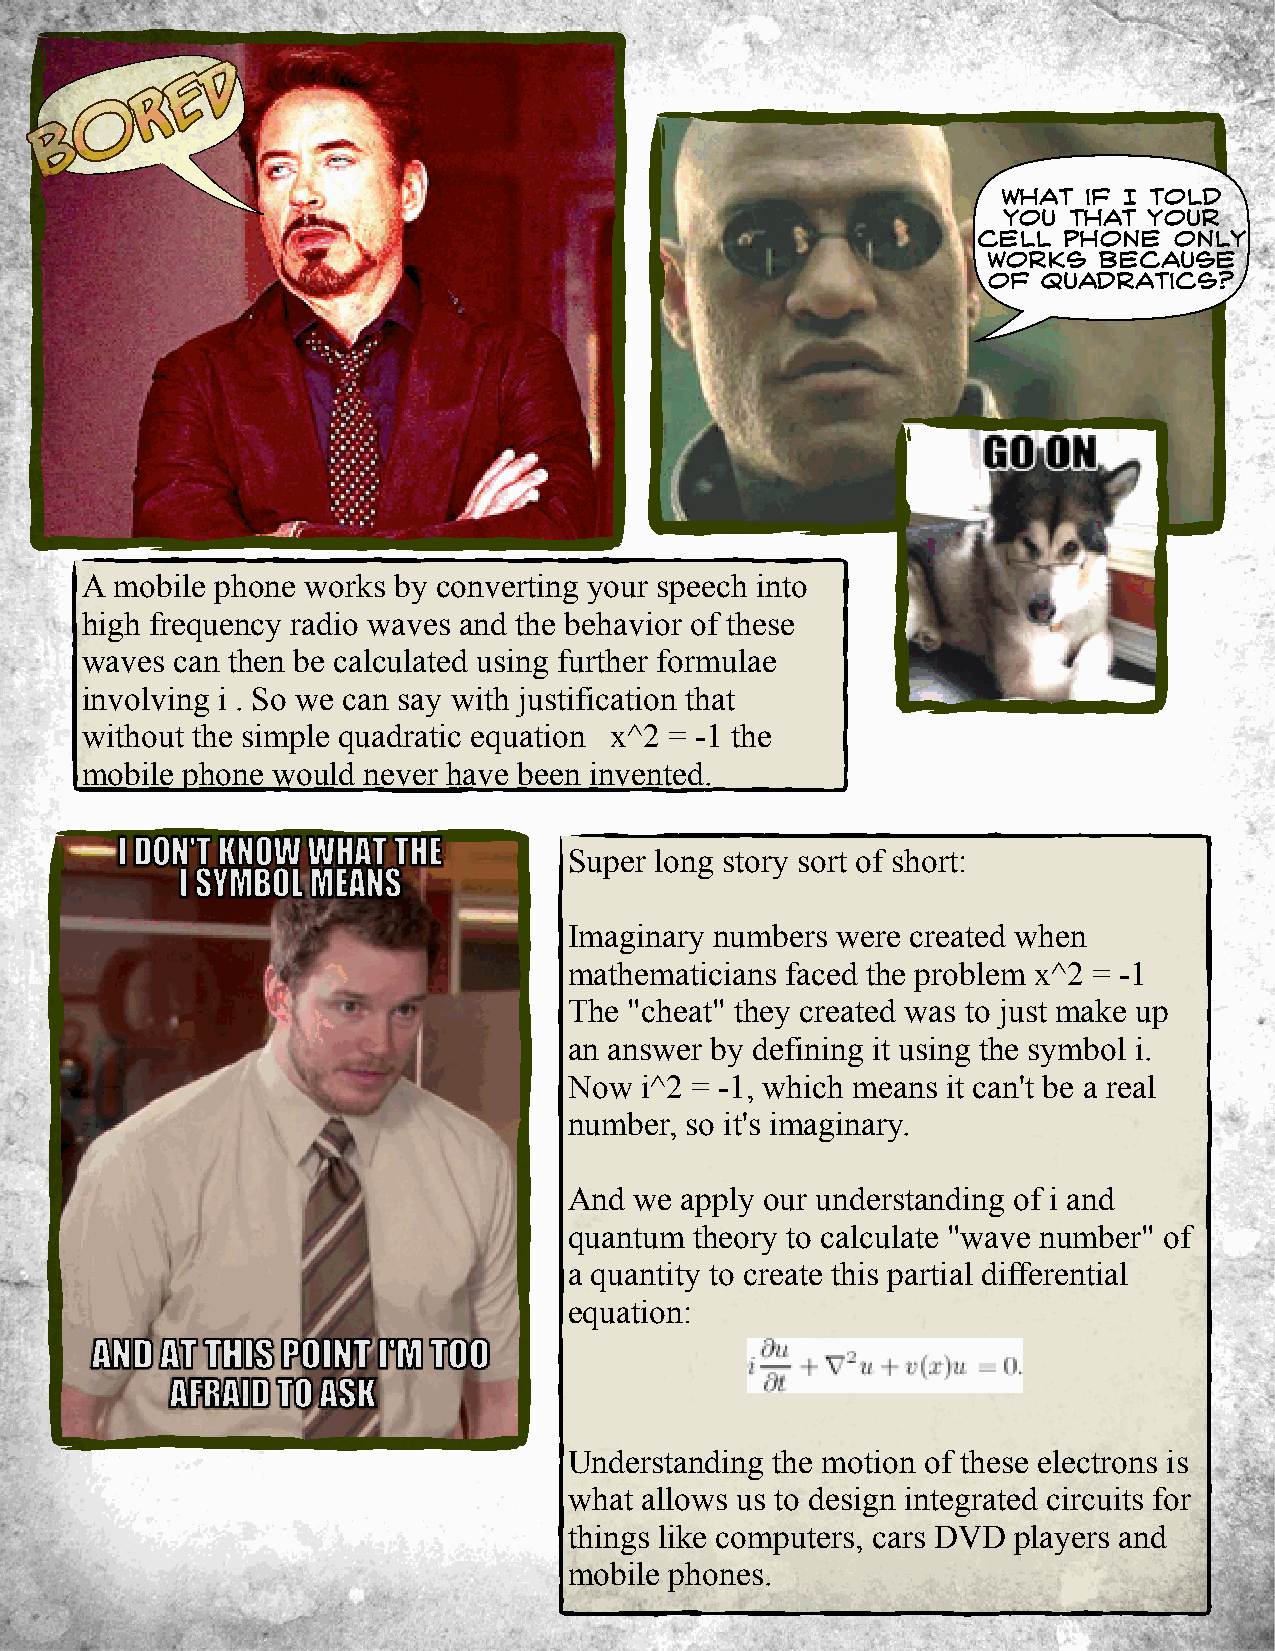
What  if I told
 you  that your
 cell phone   only
 works   because
 of  quadratics?
 A  mobile phone works by converting your speech into
 high frequency radio waves and the behavior of these
 waves  can then be calculated using further formulae
 involving i . So we can say with justification that
 without the simple quadratic equation x^2 = -1 the
 mobile phone would never have been invented.
 Super long story sort of short:
 Imaginary numbers were created when
 mathematicians faced the problem x^2 = -1
 The "cheat" they created was to just make up
 an answer by defining it using the symbol i.
 Now i^2 = -1, which means it can't be a real
 number, so it's imaginary.
 And we apply our understanding of i and
 quantum theory to calculate "wave number" of
 a quantity to create this partial differential
 equation:
 Understanding the motion of these electrons is
 what allows us to design integrated circuits for
 things like computers, cars DVD players and
 mobile phones.